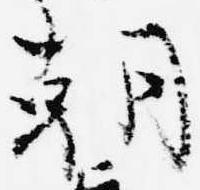
朝